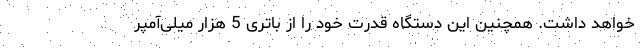
خواهد داشت. همچنین این دستگاه قدرت خود را از باتری 5 هزار میلی‌آمپر